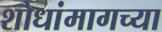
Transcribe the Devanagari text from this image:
शोधांमागच्या